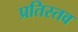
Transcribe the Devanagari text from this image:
प्रतिस्तव